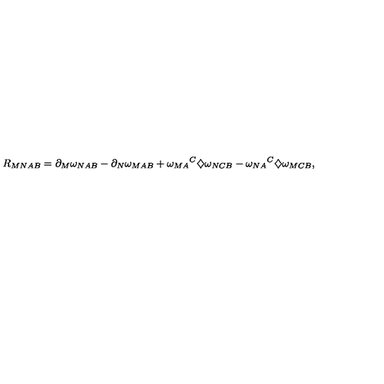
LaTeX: R _ { M N A B } = \partial _ { M } \omega _ { N A B } - \partial _ { N } \omega _ { M A B } + { \omega _ { M A } } ^ { C } \diamondsuit \omega _ { N C B } - { \omega _ { N A } } ^ { C } \diamondsuit \omega _ { M C B } ,